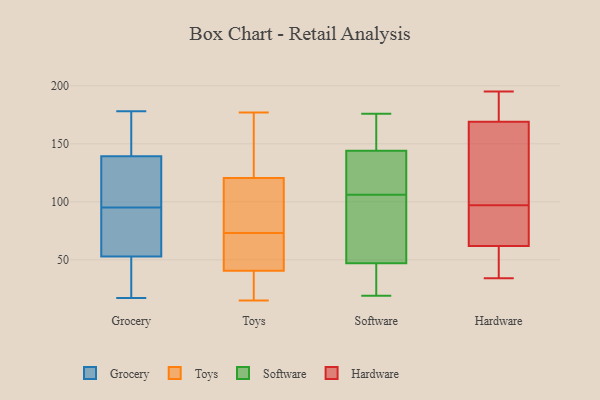
{"axis": {"x": "Website Visitors", "y": "Value"}, "legend": ["Grocery", "Hardware", "Software", "Toys"], "data": [{"x": "", "y": 17, "type": "Grocery"}, {"x": "", "y": 77, "type": "Grocery"}, {"x": "", "y": 140, "type": "Grocery"}, {"x": "", "y": 137, "type": "Grocery"}, {"x": "", "y": 52, "type": "Grocery"}, {"x": "", "y": 146, "type": "Grocery"}, {"x": "", "y": 170, "type": "Grocery"}, {"x": "", "y": 21, "type": "Grocery"}, {"x": "", "y": 55, "type": "Grocery"}, {"x": "", "y": 95, "type": "Grocery"}, {"x": "", "y": 178, "type": "Grocery"}, {"x": "", "y": 132, "type": "Grocery"}, {"x": "", "y": 132, "type": "Grocery"}, {"x": "", "y": 84, "type": "Grocery"}, {"x": "", "y": 22, "type": "Grocery"}, {"x": "", "y": 54, "type": "Toys"}, {"x": "", "y": 86, "type": "Toys"}, {"x": "", "y": 15, "type": "Toys"}, {"x": "", "y": 161, "type": "Toys"}, {"x": "", "y": 107, "type": "Toys"}, {"x": "", "y": 44, "type": "Toys"}, {"x": "", "y": 176, "type": "Toys"}, {"x": "", "y": 79, "type": "Toys"}, {"x": "", "y": 72, "type": "Toys"}, {"x": "", "y": 73, "type": "Toys"}, {"x": "", "y": 30, "type": "Toys"}, {"x": "", "y": 22, "type": "Toys"}, {"x": "", "y": 177, "type": "Toys"}, {"x": "", "y": 47, "type": "Software"}, {"x": "", "y": 144, "type": "Software"}, {"x": "", "y": 107, "type": "Software"}, {"x": "", "y": 105, "type": "Software"}, {"x": "", "y": 19, "type": "Software"}, {"x": "", "y": 22, "type": "Software"}, {"x": "", "y": 139, "type": "Software"}, {"x": "", "y": 176, "type": "Software"}, {"x": "", "y": 155, "type": "Software"}, {"x": "", "y": 55, "type": "Software"}, {"x": "", "y": 121, "type": "Hardware"}, {"x": "", "y": 195, "type": "Hardware"}, {"x": "", "y": 190, "type": "Hardware"}, {"x": "", "y": 169, "type": "Hardware"}, {"x": "", "y": 34, "type": "Hardware"}, {"x": "", "y": 185, "type": "Hardware"}, {"x": "", "y": 68, "type": "Hardware"}, {"x": "", "y": 97, "type": "Hardware"}, {"x": "", "y": 44, "type": "Hardware"}, {"x": "", "y": 62, "type": "Hardware"}, {"x": "", "y": 97, "type": "Hardware"}, {"x": "", "y": 87, "type": "Hardware"}, {"x": "", "y": 42, "type": "Hardware"}, {"x": "", "y": 137, "type": "Hardware"}]}